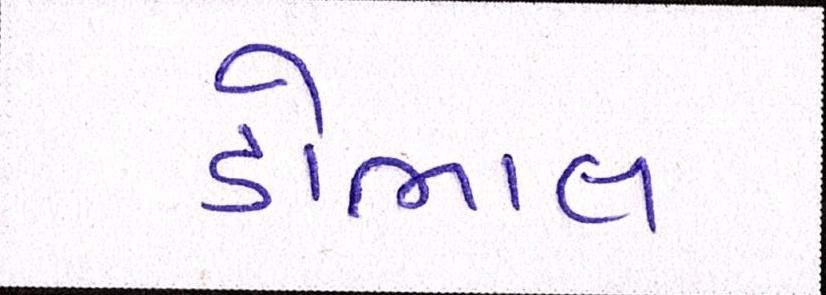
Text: ડોભાલ